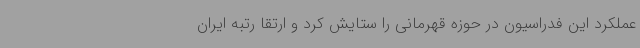
عملکرد این فدراسیون در حوزه قهرمانی را ستایش کرد و ارتقا رتبه ایران